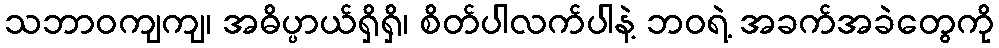
သဘာဝကျကျ၊ အဓိပ္ပာယ်ရှိရှိ၊ စိတ်ပါလက်ပါနဲ့ ဘဝရဲ့ အခက်အခဲတွေကို